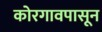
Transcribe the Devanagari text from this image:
कोरगावपासून